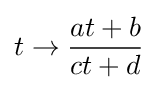
t\to {\frac {at+b}{ct+d}}